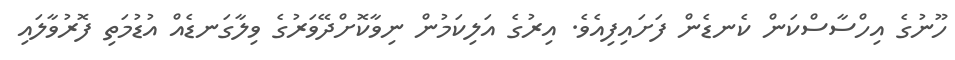
ހޫނުގެ އިހްސާސްކަން ކެނޑެން ފަށައިފިއެވެ. އިރުގެ އަލިކަމުން ނިވާކޮށްދޭވަރުގެ ވިލާގަނޑެއް އުޑުމަތި ފޮރުވާލައި